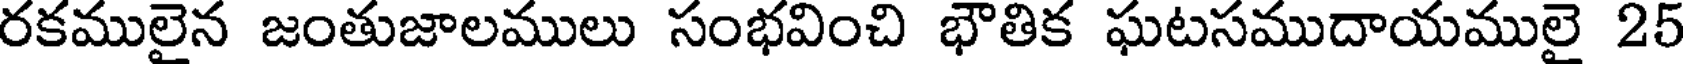
రకములైన జంతుజాలములు సంభవించి భౌతిక ఘటసముదాయములై 25